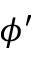
\phi ^ { \prime }